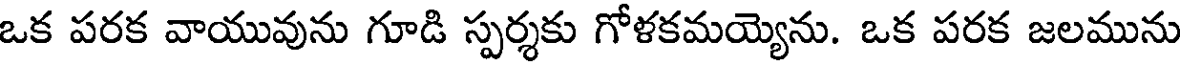
ఒక పరక వాయువును గూడి స్పర్శకు గోళకమయ్యెను. ఒక పరక జలమును